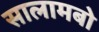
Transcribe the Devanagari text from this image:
सालामबो